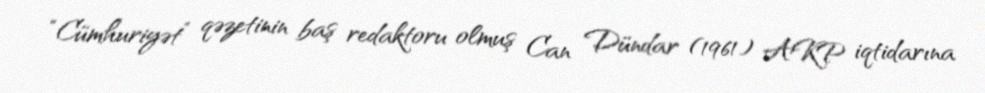
“Cümhuriyət” qəzetinin baş redaktoru olmuş Can Dündar (1961) AKP iqtidarına